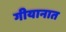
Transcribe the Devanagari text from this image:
गीयानात